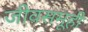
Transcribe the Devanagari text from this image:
जीवसमूही